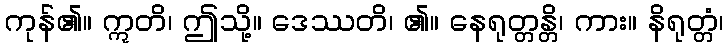
ကုန်၏။ ဣတိ၊ ဤသို့။ ဒေဿတိ၊ ၏။ နေရုတ္တန္တိ၊ ကား။ နိရုတ္တံ၊